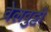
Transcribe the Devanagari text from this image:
वेलवुट्टी